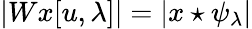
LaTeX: |Wx[u,\lambda]|=|x\star\psi_{\lambda}|